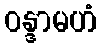
ဝန္ဒာမဟံ